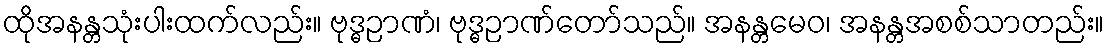
ထိုအနန္တသုံးပါးထက်လည်း။ ဗုဒ္ဓဉာဏံ၊ ဗုဒ္ဓဉာဏ်တော်သည်။ အနန္တမေဝ၊ အနန္တအစစ်သာတည်း။